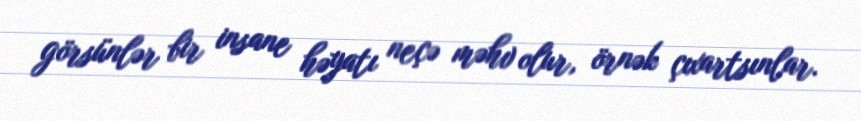
görsünlər bir insane həyatı neçə məhv olur, örnək çıxartsınlar.